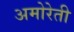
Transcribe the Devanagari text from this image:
अमोरेती